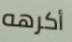
أكرهه